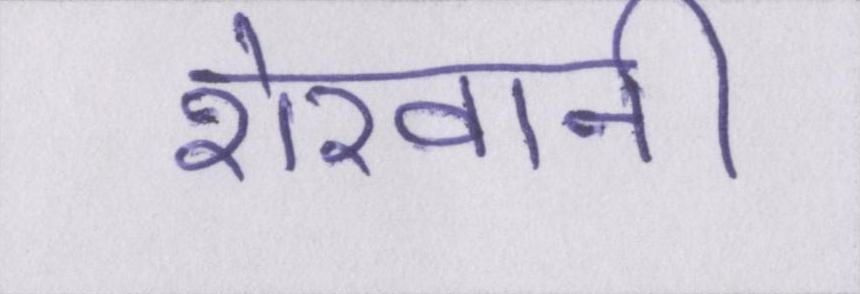
शेरवानी